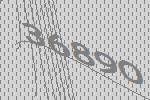
36890